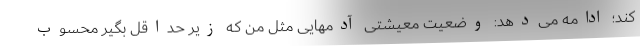
کند؛ ادامه می‌دهد: وضعیت معیشتی آدمهایی مثل من که زیر حداقل بگیر محسوب